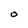
Character: O